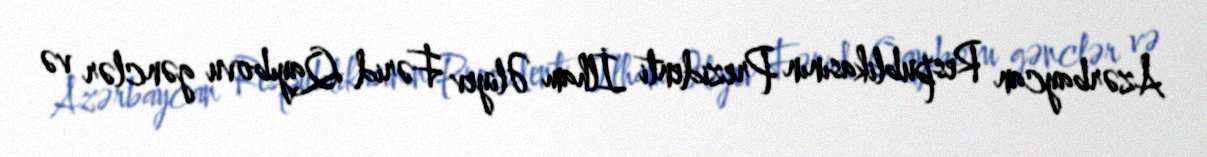
Azərbaycan Respublikasının Prezidenti İlham Əliyev Fərid Qayıbovu gənclər və